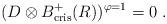
LaTeX: \begin{align*}(D\otimes B_{\mathrm{cris}}^+(R))^{\varphi = 1} = 0\ .\end{align*}